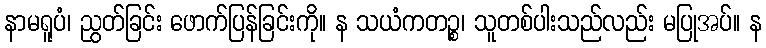
နာမရူပံ၊ ညွတ်ခြင်း ဖောက်ပြန်ခြင်းကို။ န သယံကတဉ္စ၊ သူတစ်ပါးသည်လည်း မပြုအပ်။ န